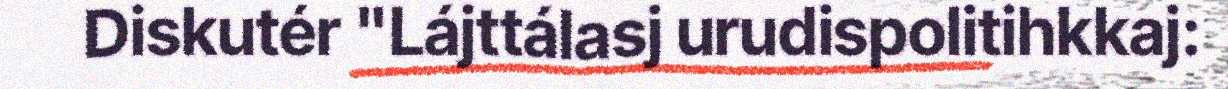
Diskutér "Lájttálasj urudispolitihkkaj: